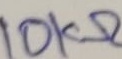
Text: 10KΩ